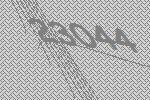
23044